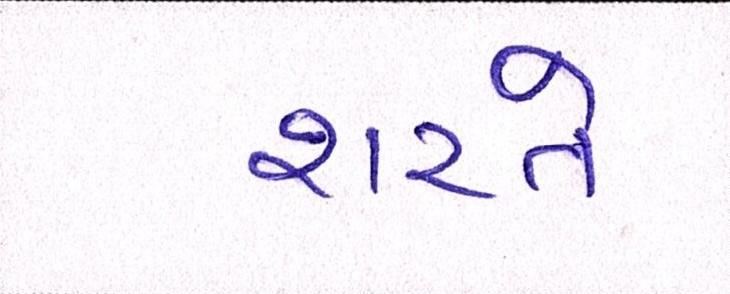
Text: શરતે